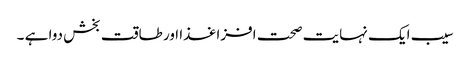
سیب ایک نہایت صحت افزا غذا اور طاقت بخش دوا ہے ۔